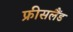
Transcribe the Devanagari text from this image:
फ्रीसलैंड